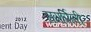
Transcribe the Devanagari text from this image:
समर्पिली